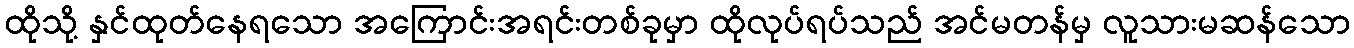
ထိုသို့ နှင်ထုတ်နေရသော အကြောင်းအရင်းတစ်ခုမှာ ထိုလုပ်ရပ်သည် အင်မတန်မှ လူသားမဆန်သော